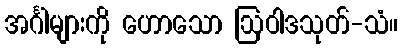
အင်္ဂါများကို ဟောသော ဩဝါဒသုတ်-သံ။